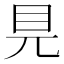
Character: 𥃺